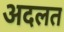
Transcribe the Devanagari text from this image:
अदलत